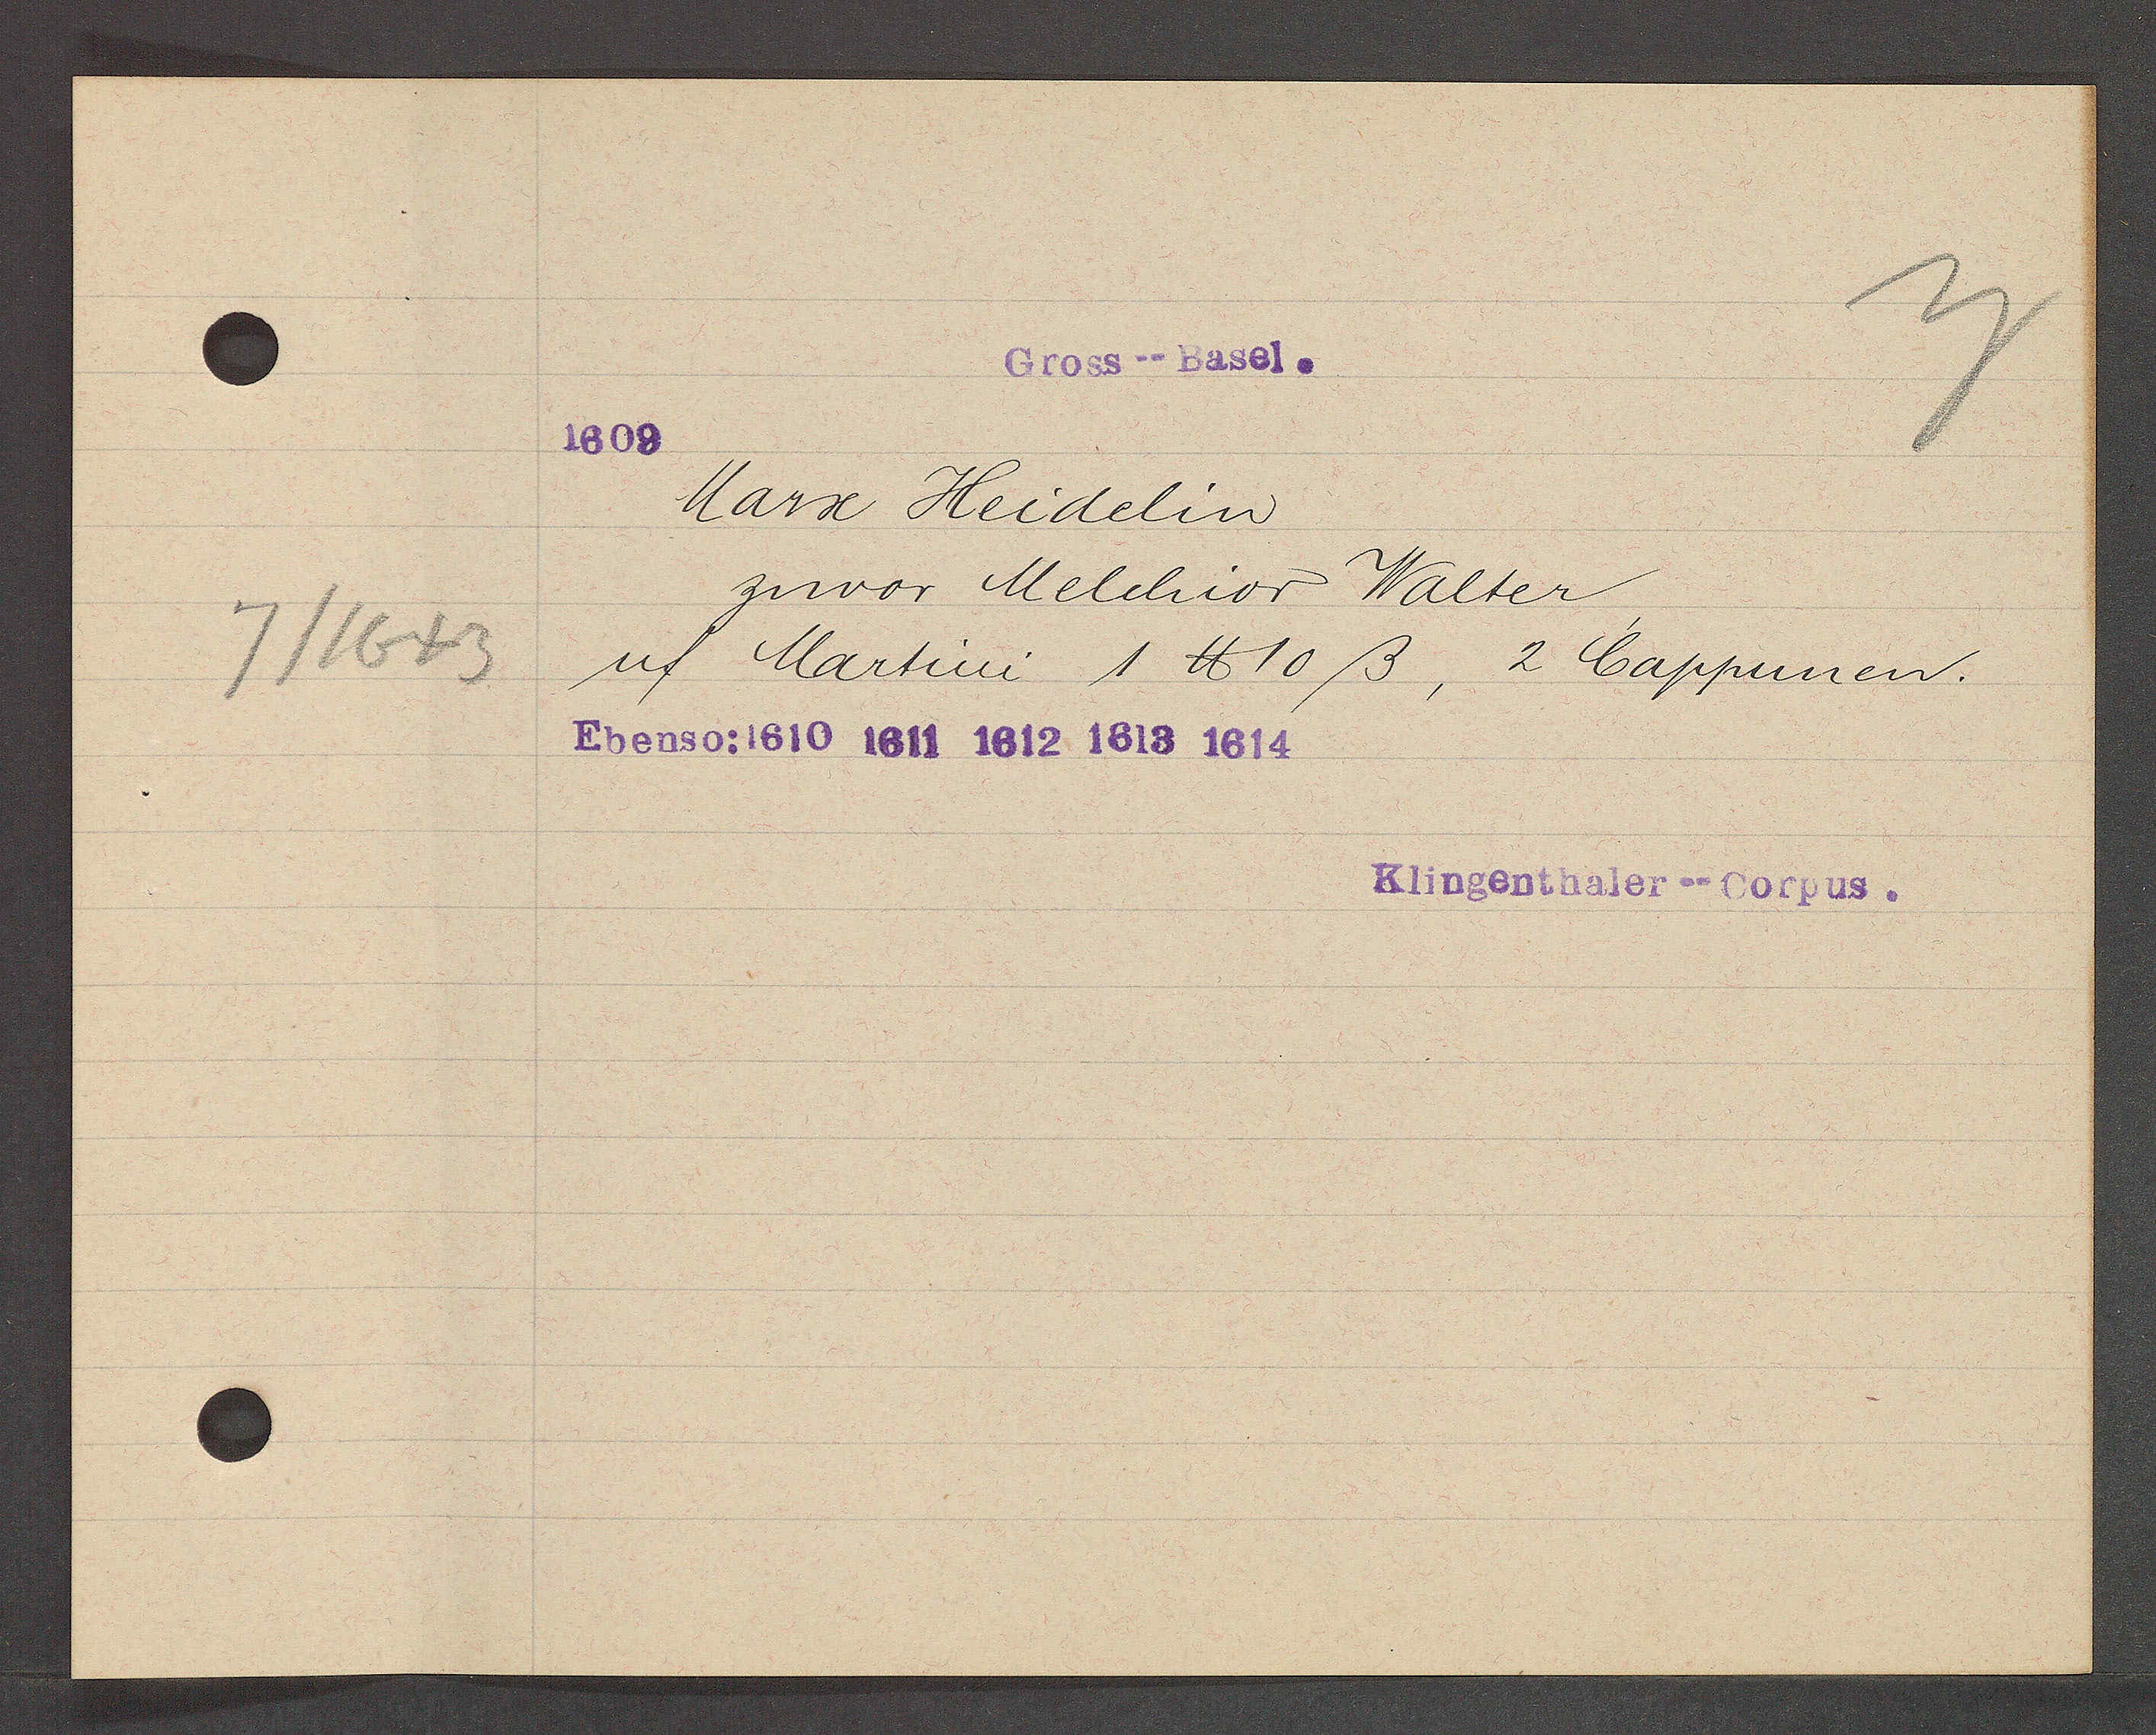
Transcript:
7/1643

Gross--Basel.
1608.

Marx Heidelin
zuvor Melchior Walter
uf Martini 1 ℔ 10 ß, 2 Cappunen.
Ebenso: 1610 1611 1612 1613 1614

Klingenthaler-Corpus.